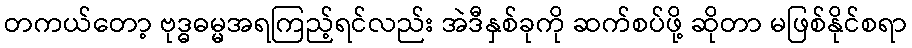
တကယ်တော့ ဗုဒ္ဓဓမ္မအရကြည့်ရင်လည်း အဲဒီနှစ်ခုကို ဆက်စပ်ဖို့ ဆိုတာ မဖြစ်နိုင်စရာ